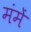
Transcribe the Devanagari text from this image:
मंमें